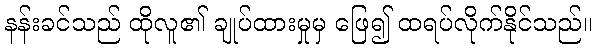
နန်းခင်သည် ထိုလူ၏ ချုပ်ထားမှုမှ ဖြေ၍ ထရပ်လိုက်နိုင်သည်။